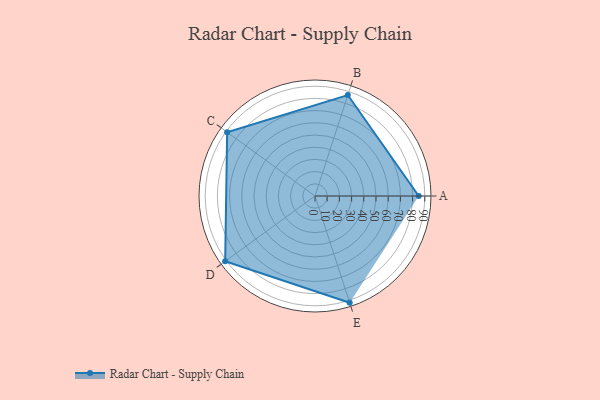
{"axis": {"x": "Skill", "y": "Score"}, "legend": ["Profile"], "data": [{"x": "A", "y": 85.0, "type": "Profile"}, {"x": "B", "y": 87.0, "type": "Profile"}, {"x": "C", "y": 89.0, "type": "Profile"}, {"x": "D", "y": 91.0, "type": "Profile"}, {"x": "E", "y": 92.0, "type": "Profile"}]}